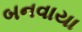
બનવાયા